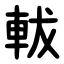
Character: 軷